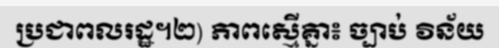
ប្រជាពលរដ្ឋ។២) ភាពស្មើគ្នា៖ ច្បាប់ វិន័យ